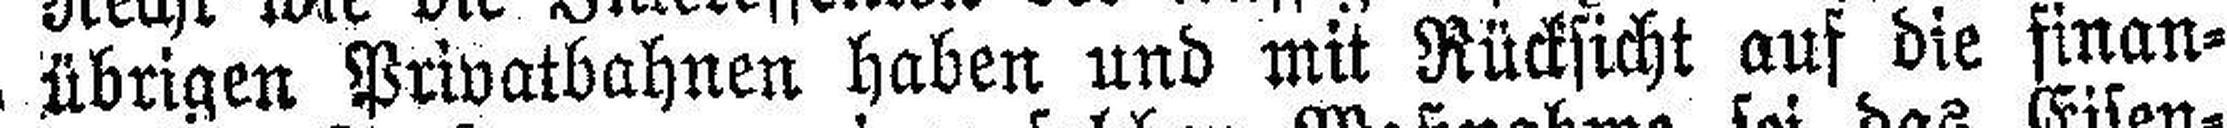
übrigen Privatbahnen haben und mit Rücksicht auf die finan¬